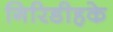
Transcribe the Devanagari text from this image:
गिरिडीहके